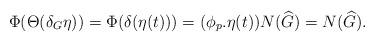
LaTeX: \begin{align*}\Phi(\Theta(\delta_G\eta))=\Phi(\delta(\eta(t)))=(\phi_p.\eta(t)) N(\widehat{G})=N(\widehat{G}).\end{align*}